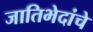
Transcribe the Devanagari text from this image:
जातिभेदांचे